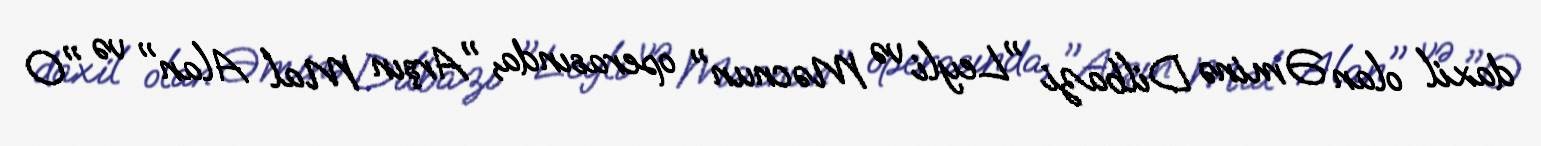
daxil olan Əminə Dilbazi "Leyli və Məcnun" operasında, "Arşın Mal Alan" və "O